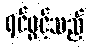
ရင်ဖွင့်သည်